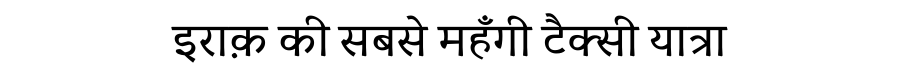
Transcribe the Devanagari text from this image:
इराक़ की सबसे महँगी टैक्सी यात्रा